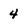
Character: 4